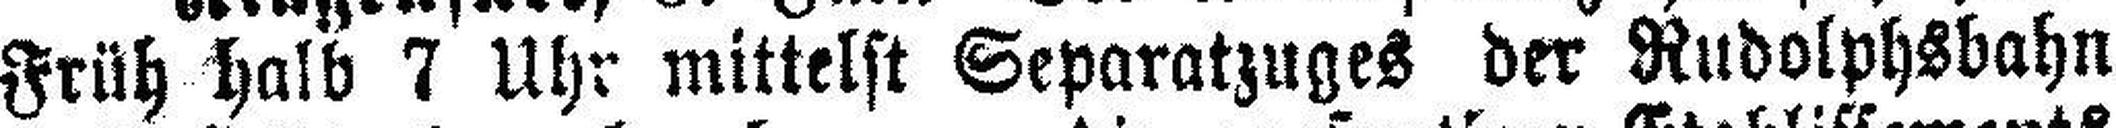
Früh halb 7 Uhr mittelst Separatzuges der Rudolphsbahn